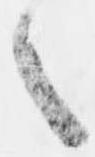
之